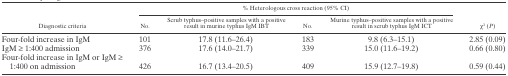
| <ROWSPAN=2> Diagnostic criteria | <COLSPAN=4> % Heterologous cross reaction (95% CI) | <ROWSPAN=2> χ2 (P) |
 | No. | Scrub typhus–positive samples with a positive result in murine typhus IgM IBT | No. | Murine typhus–positive samples with a positive result in scrub typhus IgM ICT |
 | --- | --- | --- | --- | --- | --- |
 | Four-fold increase in IgM | 101 | 17.8 (11.6–26.4) | 183 | 9.8 (6.3–15.1) | 2.85 (0.09) |
 | IgM ≥ 1:400 admission | 376 | 17.6 (14.0–21.7) | 339 | 15.0 (11.6–19.2) | 0.66 (0.80) |
 | Four-fold increase in IgM or IgM ≥ 1:400 on admission | 426 | 16.7 (13.4–20.5) | 409 | 15.9 (12.7–19.8) | 0.59 (0.44) |